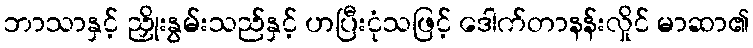
ဘာသာနှင့် ညှိုးနွမ်းသည်နှင့် ဟပြီးငုံသဖြင့် ဒေါက်တာနန်းလှိုင် မာဆာ၏